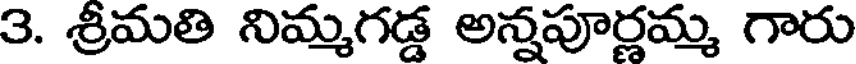
3. శ్రీమతి నిమ్మగడ్డ అన్నపూర్ణమ్మ గారు